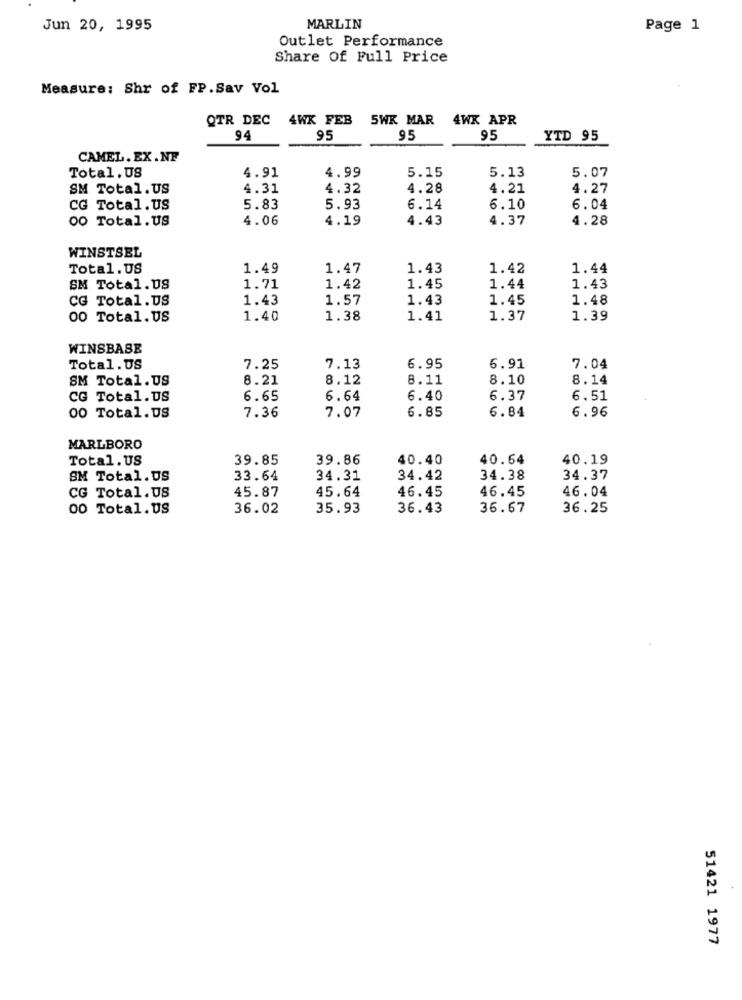
Jun 20, 1995
MARLIN
Page 1
Outlet Performance
Share Of Full Price
Measure: Shr of FP. Sav Vol
OTR DEC 4WX FEB
5WK MAR 4WX APR
94
95
95
95
YTD 95
CAMEL. EX .NF
4.91
4.99
5.15
5.13
5.07
Total. US
SM Total.US
4.31
4.32
4.28
4.21
4.27
CG Total.US
5.83
5.93
6.14
6.10
6.04
00 Total. US
4.06
4.19
4.43
4.37
4.28
WINSTSEL
Total.US
1.49
1.47
1.43
1.42
1.44
SM Total.US
1.71
1.42
1.45
1.44
1.43
CG Total.US
1.43
1.57
1.43
1.45
1.48
00 Total. US
1.40
1.38
1.41
1.37
1.39
WINSBASE
Total. US
7.25
7.13
6.95
6.91
7.04
SM Total.US
8.21
8.12
8.11
8.10
8.14
CG Total.US
6.65
6.64
6.40
6.37
6.51
7.36
7.07
6.85
6.84
6.96
00 Total.US
MARLBORO
Total.US
39.85
39.86
40.40
40.64
40.19
SM Total.US
33.64
34.31
34.42
34.38
34.37
45.87
45.64
46.45
46.04
CG Total.US
46.45
00 Total.US
36.02
35.93
36.43
36.67
36.25
51421 1977